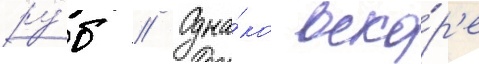
ру́б // Одна́ко вско́р'е